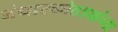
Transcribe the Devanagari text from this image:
अंधारकोठड्यांच्या